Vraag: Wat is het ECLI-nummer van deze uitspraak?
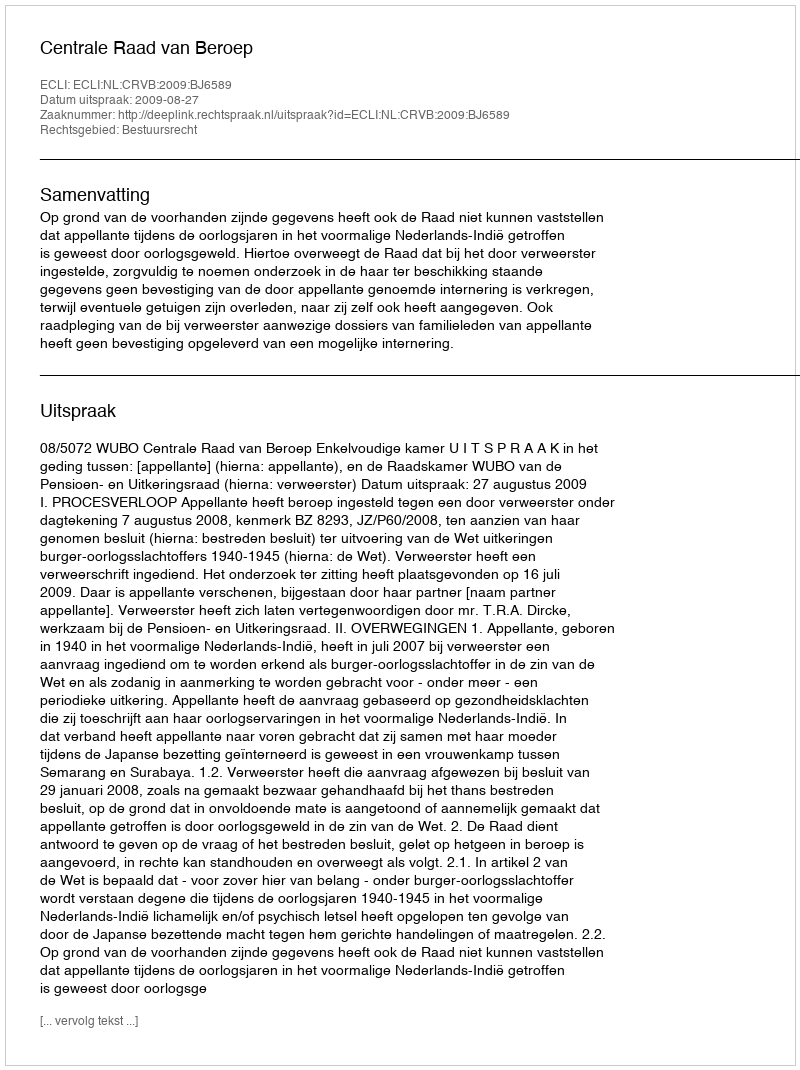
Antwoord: ECLI:NL:CRVB:2009:BJ6589